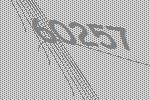
60257